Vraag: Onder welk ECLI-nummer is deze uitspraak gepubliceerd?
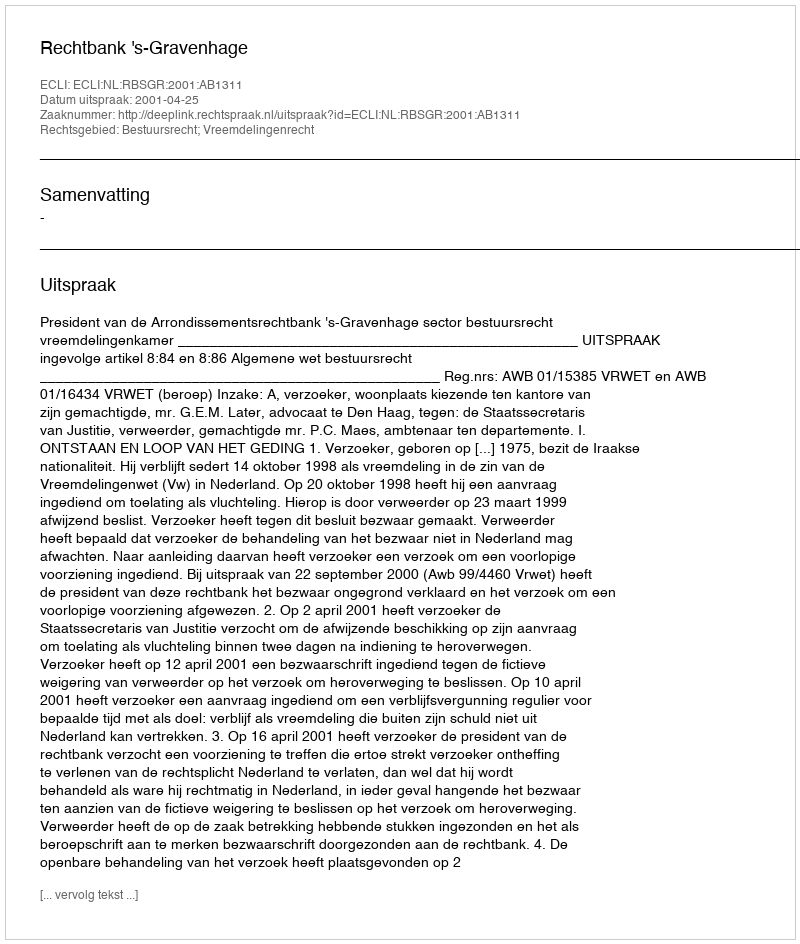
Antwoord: ECLI:NL:RBSGR:2001:AB1311